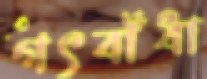
গৎবাঁধা